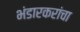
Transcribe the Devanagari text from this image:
भंडारकरांचा